Lunatic asylums in Bengal annual reports 1912-1924 - 1912-1924
Year: 1912
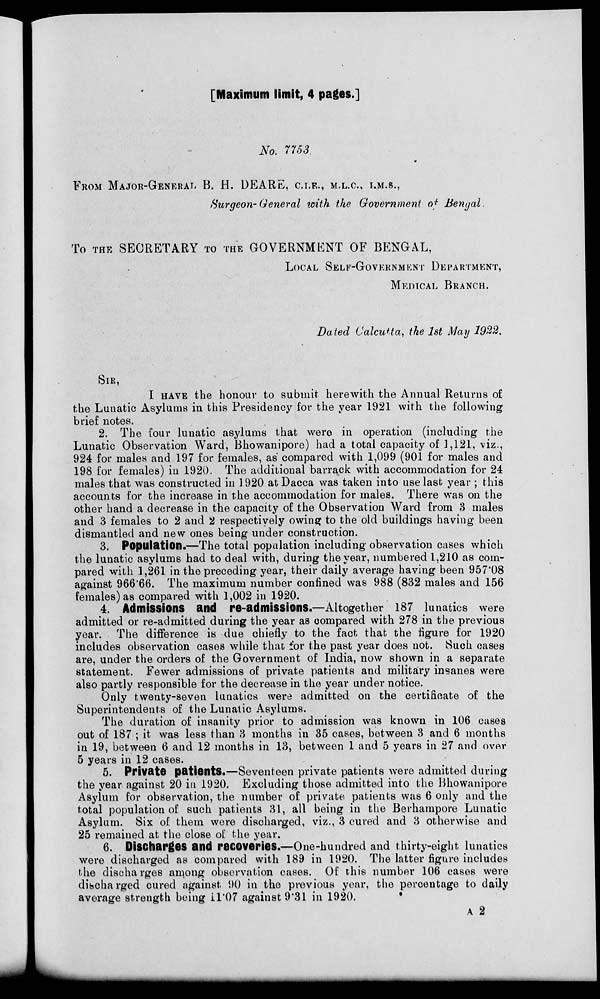
[Maximum limit, 4 pages.]
No. 7753.
FROM MAJOR-GENERAL B. H. DEARE, C.I.E., M.L.C., I.M.S.,
Surgeon-General with the Government of Bengal
To THE SECRETARY TO THE GOVERNMENT OF BENGAL,
LOCAL SELF-GOVERNMENT DEPARTMENT,
MEDICAL BRANCH.
Dated Calcutta, the 1st May 1922.
SIR,
I HAVE the honour to submit herewith the Annual Returns of
the Lunatic Asylums in this Presidency for the year 1921 with the following
brief notes.
2. The four lunatic asylums that were in operation (including the
Lunatic Observation Ward, Bhowanipore) had a total capacity of 1,121, viz.,
924 for males and 197 for females, as compared with 1,099 (901 for males and
198 for females) in 1920. The additional barrack with accommodation for 24
males that was constructed in 1920 at Dacca was taken into use last year ; this
accounts for the increase in the accommodation for males. There was on the
other hand a decrease in the capacity of the Observation Ward from 3 males
and 3 females to 2 and 2 respectively owing to the old buildings having been
dismantled and new ones being under construction.
3. Population.—The total population including observation cases which
the lunatic asylums had to deal with, during the year, numbered 1,210 as com-
pared with 1,261 in the preceding year, their daily average having been 957.08
against 966.66. The maximum number confined was 988 (832 males and 156
females) as compared with 1,002 in 1920.
4. Admissions and re-admissions.—Altogether 187 lunatics were
admitted or re-admitted during the year as compared with 278 in the previous
year. The difference is due chiefly to the fact that the figure for 1920
includes observation cases while that for the past year does not. Such cases
are, under the orders of the Government of India, now shown in a separate
statement. Fewer admissions of private patients and military insanes were
also partly responsible for the decrease in the year under notice.
Only twenty-seven lunatics were admitted on the certificate of the
Superintendents of the Lunatic Asylums.
The duration of insanity prior to admission was known in 106 cases
out of 187 ; it was less than 3 months in 35 cases, between 3 and 6 months
in 19, between 6 and 12 months in 13, between 1 and 5 years in 27 and over
5 years in 12 cases.
5. Private patients.—Seventeen private patients were admitted during
the year against 20 in 1920. Excluding those admitted into the Bhowanipore
Asylum for observation, the number of private patients was 6 only and the
total population of such patients 31, all being in the Berhampore Lunatic
Asylum. Six of them were discharged, viz., 3 cured and 3 otherwise and
25 remained at the close of the year.
6. Discharges and recoveries.—One-hundred and thirty-eight lunatics
were discharged as compared with 189 in 1920. The latter figure includes
the discharges among observation cases. Of this number 106 cases were
discharged cured against 90 in the previous year, the percentage to daily
average strength being 11.07 against 9.31 in 1920.
A 2